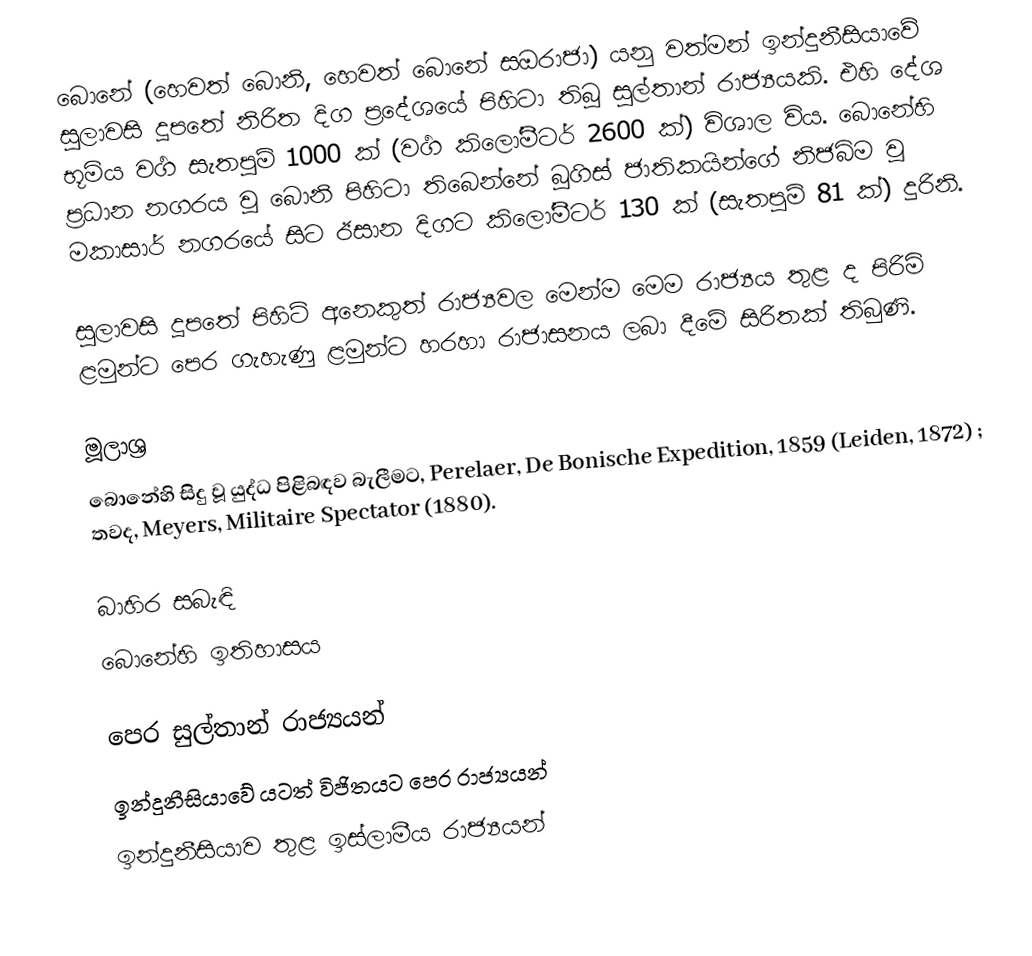
බොනේ (හෙවත් බොනි, හෙවත් බොනේ සඔරාජා) යනු වත්මන් ඉන්දුනීසියාවේ සුලාවසි දූපතේ නිරිත දිග ප්‍රදේශයේ පිහිටා තිබූ සුල්තාන් රාජ්‍යයකි. එහි දේශ භූමිය වර්‍ග සැතපුම් 1000 ක් (වර්‍ග කිලෝමීටර් 2600 ක්) විශාල විය. බොනේහි ප්‍රධාන නගරය වූ බොනි පිහිටා තිබෙන්නේ බූගිස් ජාතිකයින්ගේ නිජබිම වූ මකාසාර් නගරයේ සිට ඊසාන දිගට කිලෝමීටර් 130 ක් (සැතපුම් 81 ක්) දුරිනි.

සුලාවසි දූපතේ පිහිටි අනෙකුත් රාජ්‍යවල මෙන්ම මෙම රාජ්‍යය තුළ ද පිරිමි ළමුන්ට පෙර ගැහැණු ළමුන්ට හරහා රාජාසනය ලබා දීමේ සිරිතක් තිබුණි.

මූලාශ්‍ර
 බොනේහි සිදු වූ යුද්ධ පිළිබඳව බැලීමට, Perelaer, De Bonische Expedition, 1859 (Leiden, 1872) ; තවද, Meyers, Militaire Spectator (1880).

බාහිර සබැඳි
 බොනේහි ඉතිහාසය

පෙර සුල්තාන් රාජ්‍යයන්
ඉන්දුනීසියාවේ යටත් විජිතයට පෙර රාජ්‍යයන්
ඉන්දුනීසියාව තුළ ඉස්ලාමීය රාජ්‍යයන්